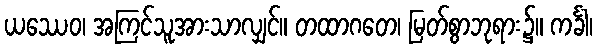
ယဿေဝ၊ အကြင်သူအားသာလျှင်။ တထာဂတေ၊ မြတ်စွာဘုရား၌။ ကင်္ခါ၊